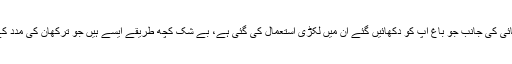
آج ہومی فائی کی جانب جو باغ آپ کو دکھائیں گئے ان میں لکڑی استعمال کی گئی ہے، بے شک کچھ طریقے ایسے ہیں جو ترکھان کی مدد کے بغیر…